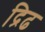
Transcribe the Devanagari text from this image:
द्रिढ